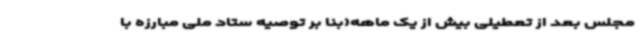
مجلس بعد از تعطیلی بیش از یک ماهه(بنا بر توصیه ستاد ملی مبارزه با